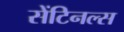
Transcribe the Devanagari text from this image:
सेंटिनल्स